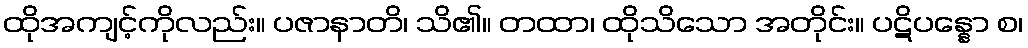
ထိုအကျင့်ကိုလည်း။ ပဇာနာတိ၊ သိ၏။ တထာ၊ ထိုသိသော အတိုင်း။ ပဋိပန္နော စ၊